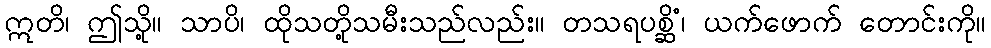
ဣတိ၊ ဤသို့။ သာပိ၊ ထိုသတို့သမီးသည်လည်း။ တသရပစ္ဆိံ၊ ယက်ဖောက် တောင်းကို။